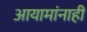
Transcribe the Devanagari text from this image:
आयामांनाही